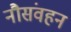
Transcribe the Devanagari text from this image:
नौसंवहन